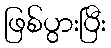
ဖြစ်ပွားပြီး